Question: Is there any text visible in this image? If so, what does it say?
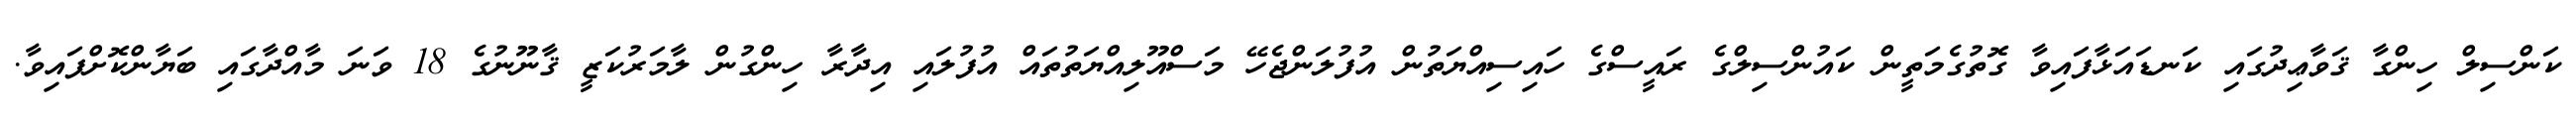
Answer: ކަންސިލް ހިންގާ ޤަވާޢިދުގައި ކަނޑައަޅާފައިވާ ގޮތުގެމަތީން ކައުންސިލްގެ ރައީސްގެ ހައިސިއްޔަތުން އުފުލަންޖެހޭ މަސްއޫލިއްޔަތުތައް އުފުލައި އިދާރާ ހިންގުން ލާމަރުކަޒީ ޤާނޫނުގެ 18 ވަނަ މާއްދާގައި ބަޔާންކޮށްފައިވާ.